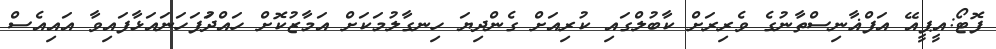
ފޮޓޯ:އީޕީއޭ އަފްޣާނިސްތާނުގެ ވެރިރަށް ކާބުލްގައި ކުރިއަށް ގެންދިޔަ ހިނގާލުމަކަށް އަމާޒުކޮށް ހައްދަުފަހަނައަޅާފައިވާ އައިއެސް